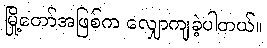
မြို့တော်အဖြစ်က လျှောကျခဲ့ပါတယ်။